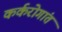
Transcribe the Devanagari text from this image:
कर्करोगांत